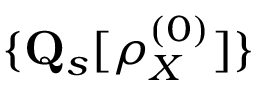
\{ \mathbf { Q } _ { s } [ \rho _ { X } ^ { ( 0 ) } ] \}